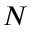
N